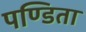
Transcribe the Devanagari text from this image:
पण्डिता